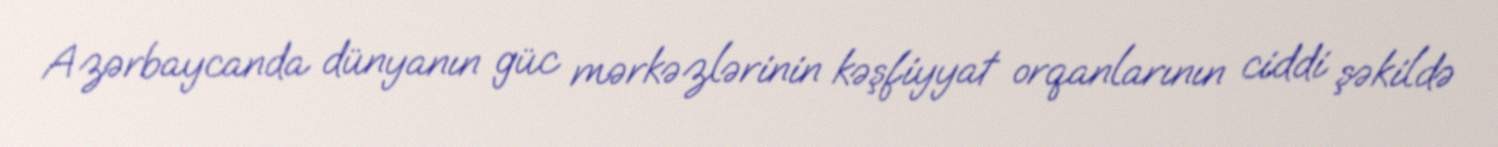
Azərbaycanda dünyanın güc mərkəzlərinin kəşfiyyat orqanlarının ciddi şəkildə